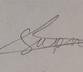
Signature authenticity: forged